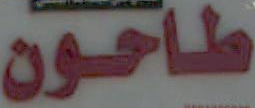
طاحون